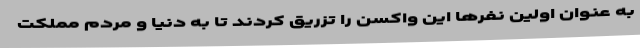
به عنوان اولین نفرها این واکسن را تزریق کردند تا به دنیا و مردم مملکت